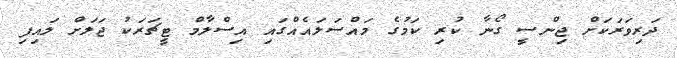
ދަރިވަރަކަށް ޖިންސީ ގޯނާ ކުރި ކަމުގެ މައްސަލައެއްގައި އިސްލާމް ޓީޗަރަކު ޖަލަށް ލައިފި